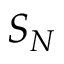
S _ { N }